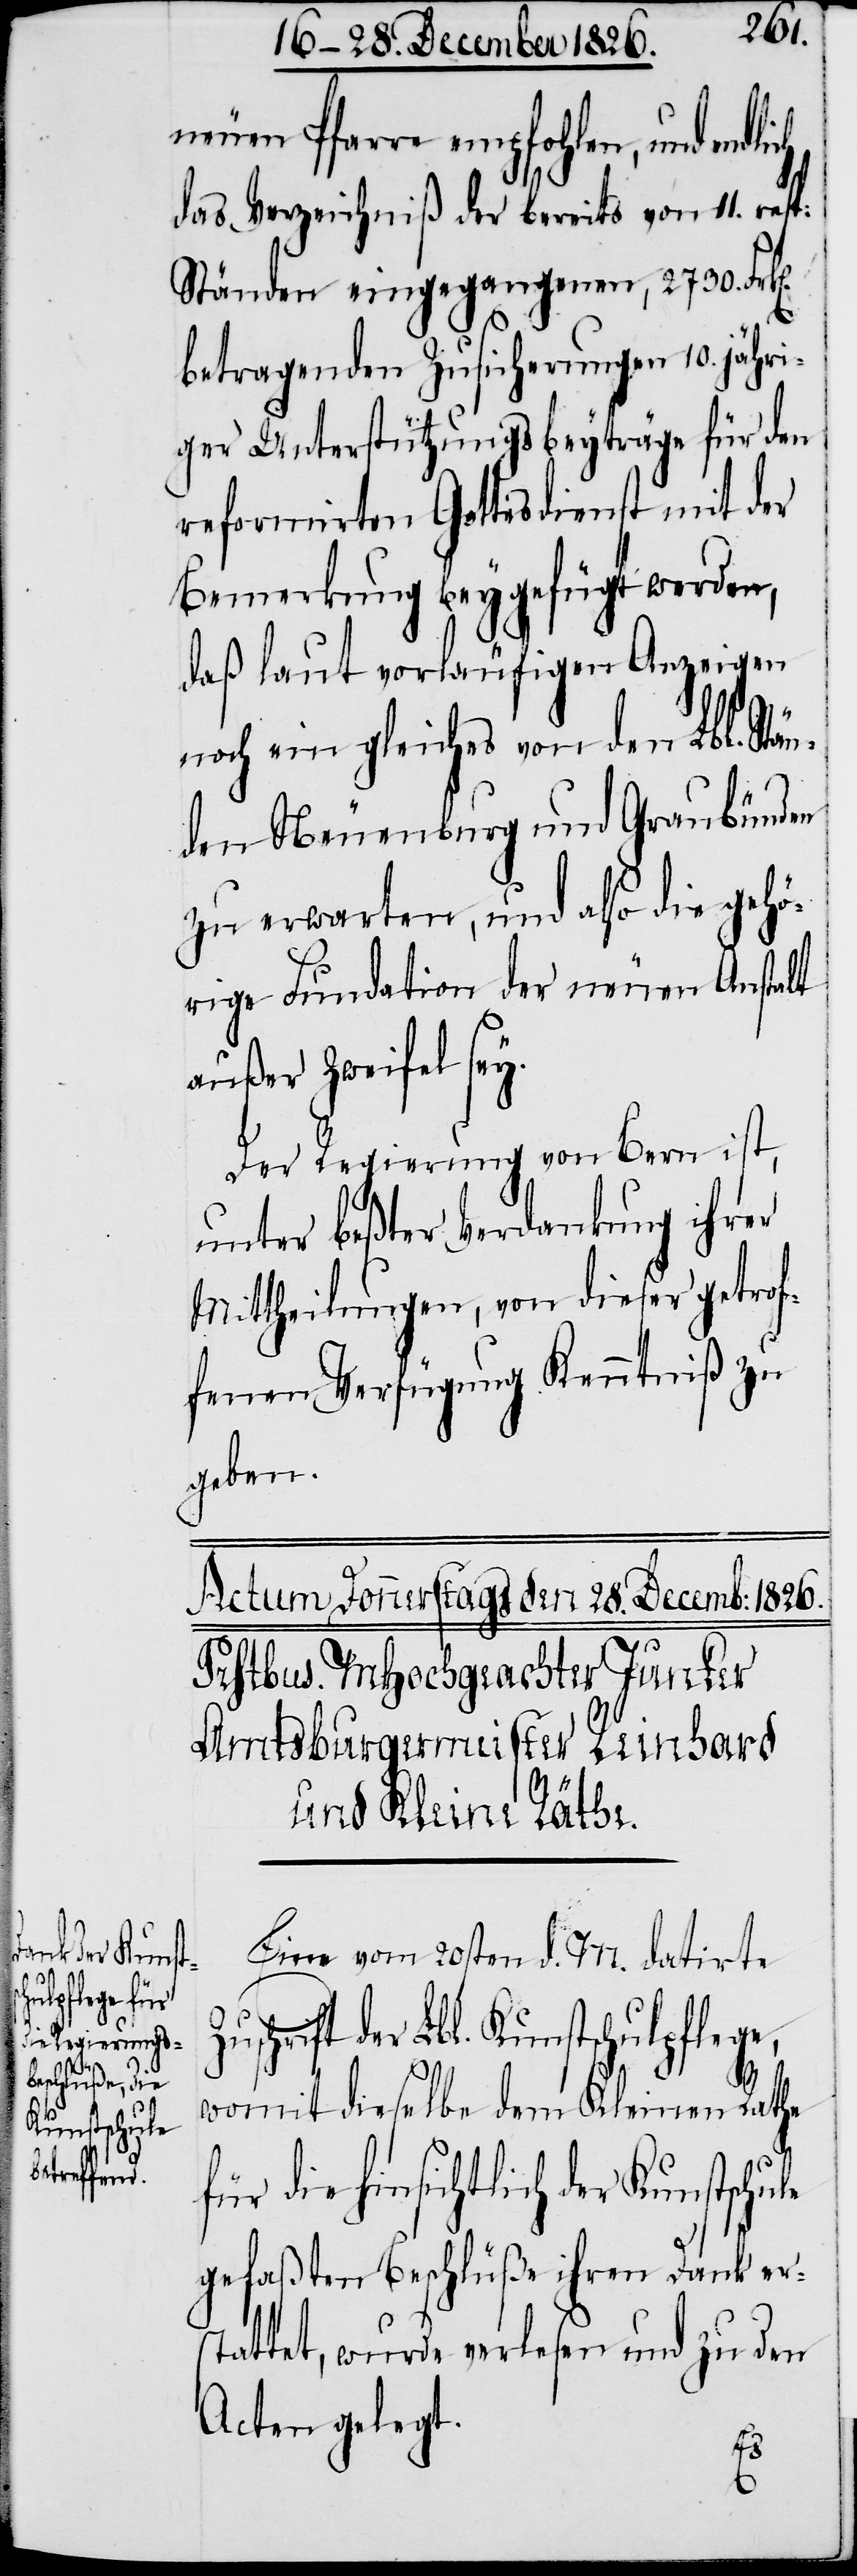
neuen Pfarre empfohlen, und endli¬
das Verzeichniß der bereits von 11. re¬
Ständen eingegangenen, 2730. Frk[e¬
betragenden Zusicherungen 10. jähri¬
ger Unterstützungsbeyträge für den
reformirten Gottesdienst mit der
Bemerkung beygefügt werden,
daß laut vorläufigen Anzeigen
noch ein gleiches von den Lbl. Stä¬
nden Neuenburg und Graubünden
zu erwarten, und also die gehö¬
rige Fundation der neuen Anstalt
außer Zweifel sey.
Der Regierung von Bern ist,
unter beßter Verdankung ihrer
Mittheilung, von dieser getrof¬
fenen Verfügung Kenntniß zu
geben.
Eine vom 20sten d. M. datirte
der Lbl. Kunstschulpflege,
womit dieselbe dem Kleinen Rathe
für die hinsichtlich der Kunstschule
gefaßten Beschlüße ihren Dank ers¬
tattet, wurde verlesen und zu den
Acten gelegt.
n].